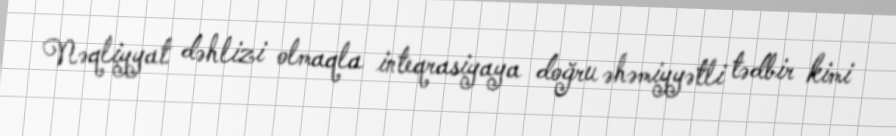
Nəqliyyat dəhlizi olmaqla inteqrasiyaya doğru əhəmiyyətli tədbir kimi